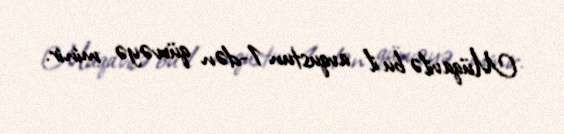
Müqavilə bu il avqustun 1-dən qüvvəyə minir.